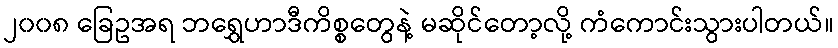
၂၀၀၈ ခြေဥအရ ဘရွှေဟာဒီကိစ္စတွေနဲ့ မဆိုင်တော့လို့ ကံကောင်းသွားပါတယ်။